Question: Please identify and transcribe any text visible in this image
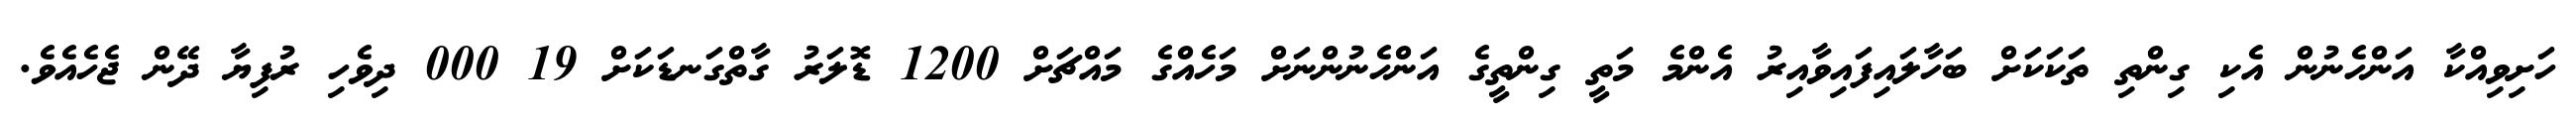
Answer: ހަށިވިއްކާ އަންހެނުން އެކި ގިންތި ތަކަކަށް ބަހާލައިފައިވާއިރު އެންމެ މަތީ ގިންތީގެ އަންހެނުންނަށް މަހެއްގެ މައްޗަށް 1200 ޑޮލަރު ގާތްގަނޑަކަށް 19 000 ދިވެހި ރުފިޔާ ދޭން ޖެހެއެވެ.